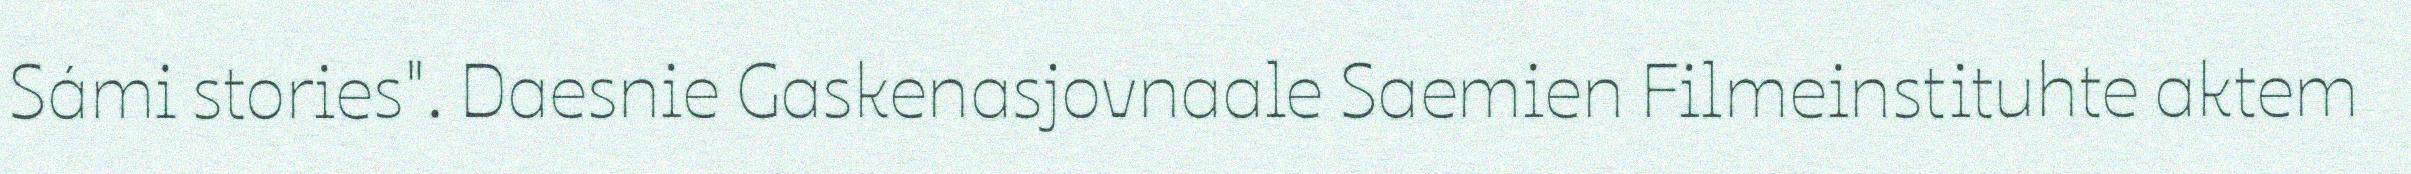
Sámi stories". Daesnie Gaskenasjovnaale Saemien Filmeinstituhte aktem